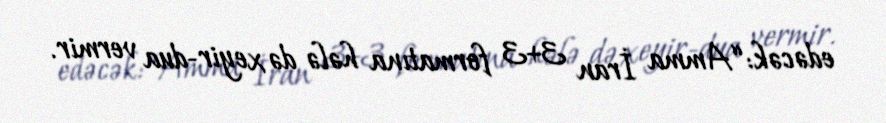
edəcək: “Amma İran 3+3 formatına hələ də xeyir-dua vermir.